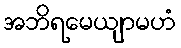
အဘိရမေယျာမဟံ